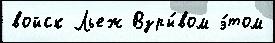
войск Льеж Взры́вом э́том